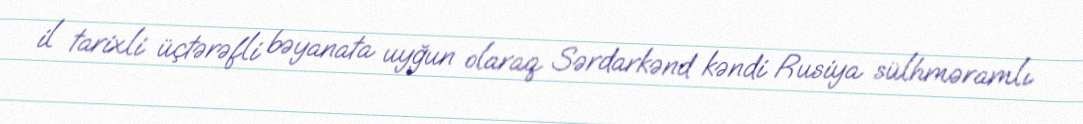
il tarixli üçtərəfli bəyanata uyğun olaraq Sərdarkənd kəndi Rusiya sülhməramlı